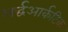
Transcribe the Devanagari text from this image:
अर्द्धआर्कटिक